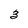
Character: 3